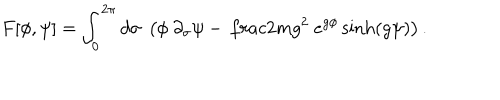
LaTeX: F [ \phi , \psi ] = \int _ { 0 } ^ { 2 \pi } d \sigma ~ \left( \phi ~ \partial _ { \sigma } \psi - { \, \frac { 2 m } { g ^ { 2 } } } ~ e ^ { g \phi } \sinh ( g \psi ) \right) .